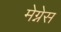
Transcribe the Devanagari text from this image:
मेग्नेस